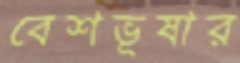
বেশভূষার